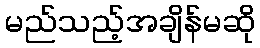
မည်သည့်အချိန်မဆို